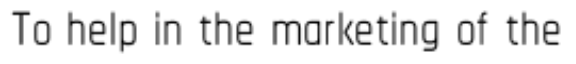
To help in the marketing of the